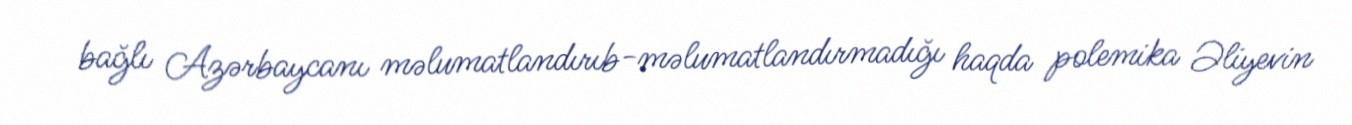
bağlı Azərbaycanı məlumatlandırıb-məlumatlandırmadığı haqda polemika Əliyevin